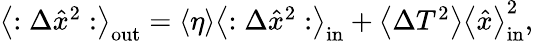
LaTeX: \begin{array}{r}{\left\langle:\Delta\hat{x}^{2}:\right\rangle_{\mathrm{out}}=\left\langle\eta\right\rangle\left\langle:\Delta\hat{x}^{2}:\right\rangle_{\mathrm{in}}+\left\langle\Delta T^{2}\right\rangle\left\langle\hat{x}\right\rangle_{\mathrm{in}}^{2},}\end{array}